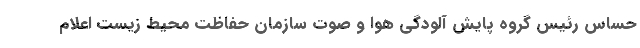
حساس رئیس گروه پایش آلودگی هوا و صوت سازمان حفاظت محیط‌ زیست اعلام